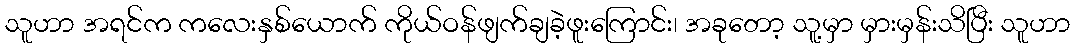
သူဟာ အရင်က ကလေးနှစ်ယောက် ကိုယ်ဝန်ဖျက်ချခဲ့ဖူးကြောင်း၊ အခုတော့ သူ့မှာ မှားမှန်းသိပြီး သူဟာ